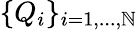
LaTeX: \{ Q_{i}\} _{i=1,...,\mathbb{N}}